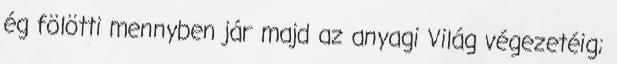
ég fölötti mennyben jár majd az anyagi Világ végezetéig;